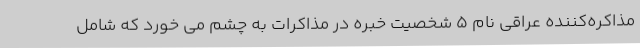
مذاکره‌کننده عراقی نام 5 شخصیت خبره در مذاکرات به چشم می خورد که شامل